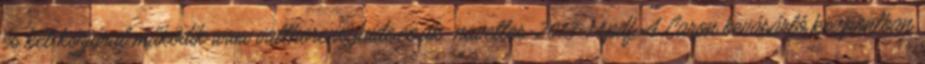
és két körjárat működik www.valthorensguide.co.uk navettes-2013-14.pdf A Caron bevásárló központban